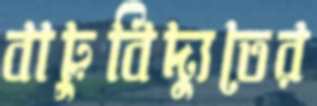
বায়ুবিদ্যুতের